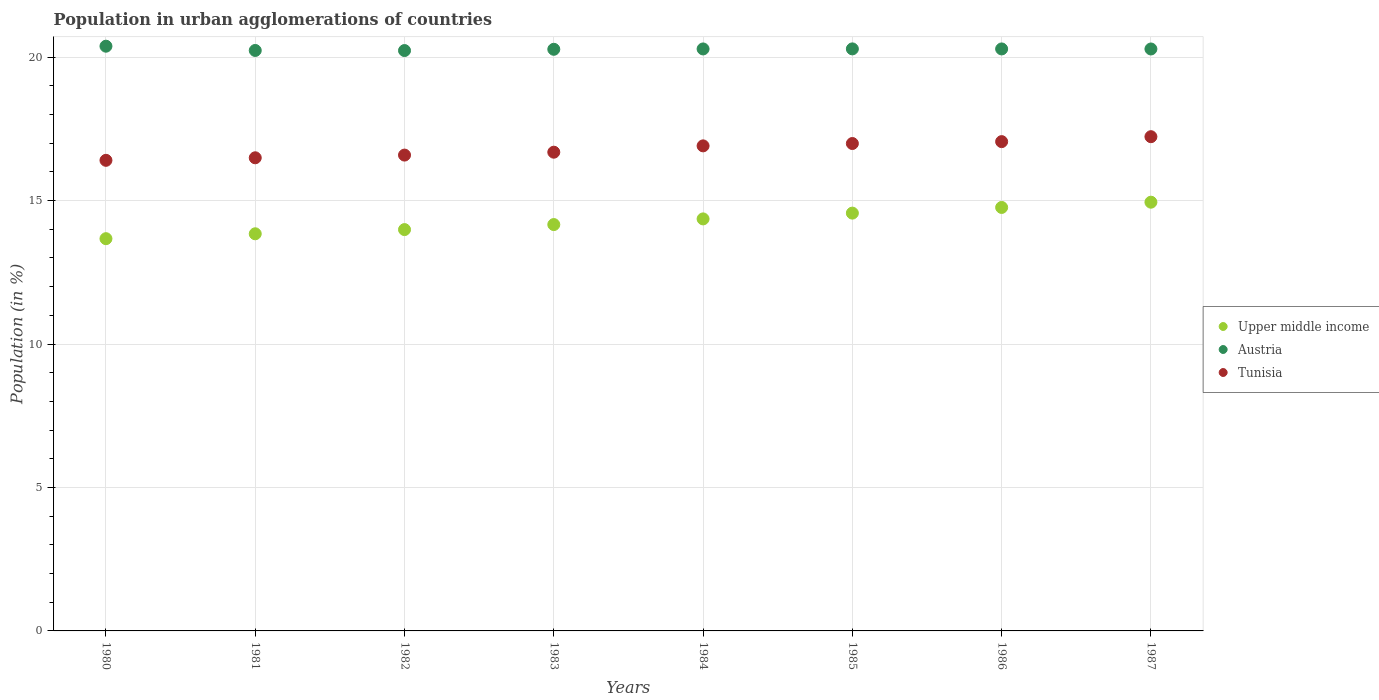
| Years | Upper middle income | Austria | Tunisia |
 | --- | --- | --- | --- |
 | 1980 | 13.7 | 20.4 | 16.4 |
 | 1981 | 13.8 | 20.2 | 16.5 |
 | 1982 | 14 | 20.2 | 16.6 |
 | 1983 | 14.2 | 20.3 | 16.7 |
 | 1984 | 14.4 | 20.3 | 16.9 |
 | 1985 | 14.6 | 20.3 | 17 |
 | 1986 | 14.8 | 20.3 | 17.1 |
 | 1987 | 14.9 | 20.3 | 17.2 |